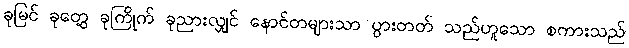
ခုမြင် ခုတွေ့ ခုကြိုက် ခုညားလျှင် နောင်တများသာ ပွားတတ် သည်ဟူသော စကားသည်